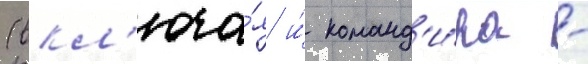
(вкл'юча́я и́ команд'и́ра -